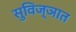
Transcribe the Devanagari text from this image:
सुविज्ञात